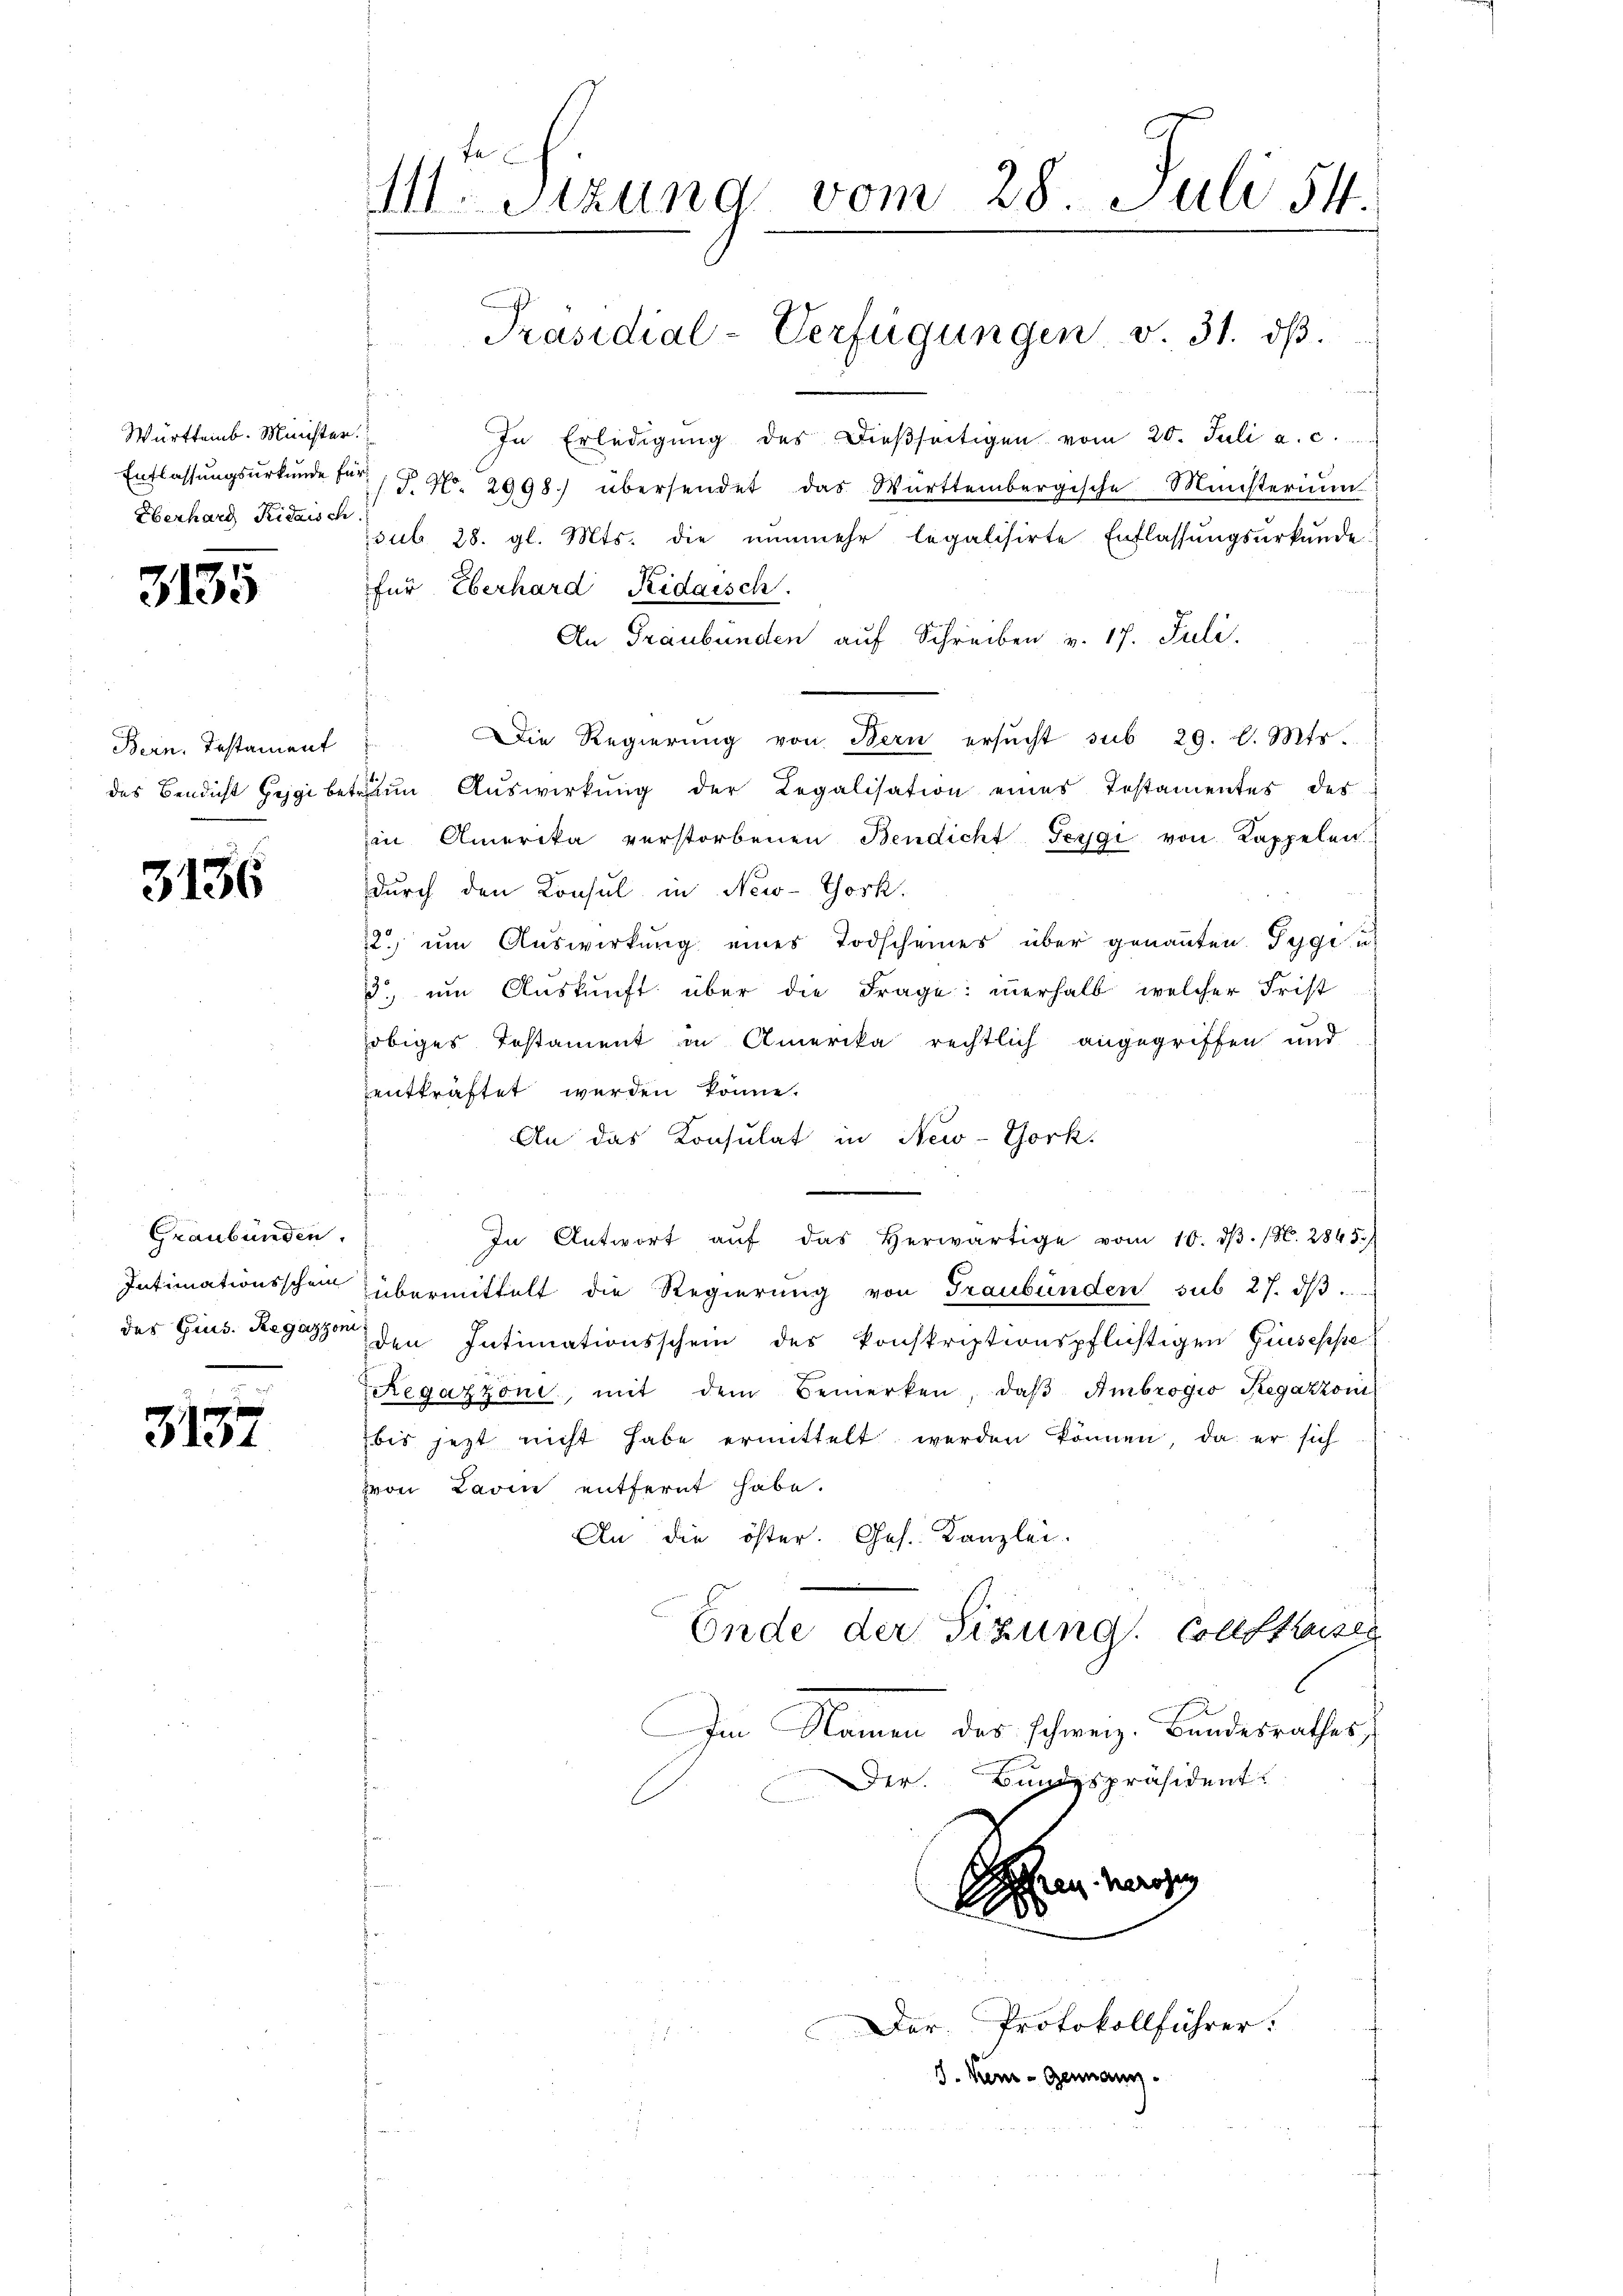
Württemb. Minister.
Entlassungsurkunde für
Überhard Ridaisch.

3135

Bern. Instament

3136

Graubünden.
Intimationsschein
des Grus. Regazzoni

3157

111 Stzung vom 28. Juli 54
Präsidial-Verfügungen v. 31. dβ.

In Erledigŭng des dießseitigen vom 20. Juli a. c.
S. No. 2998) übersendet das Württembergische Ministerium
sub 28. gl. Mts. die nŭnmehr legalisirte Entlassŭngsurkunde
für Überhard Ridaisch.
An Graubünden auf Schreiben v. 17. Juli.
Die Regierŭng von Bern ersŭcht sub 29. v. Mts.
des Bendicht Hegi betreuen Auswirkung der Legalisation eines Testamentes des
in Amerika verstorbenen Bendicht Teygi von Kappelen.
durch den Konsul in New-York,
22. um Auswirkung eines Todscheines über genannten Segiu
3 um Auskunft über die Frage: innerhalb, welcher Frist
obiges Testament in Amerika rechtlich angegriffen und
zentkräftet werden könne.
An das Konsulat in New-York,
In Antwort aŭf das herwärtige vom 10. dβ. (S. 2845.
übermittelt die Regierŭng von Graubünden sub 27. dβ
den Intimationsschein des konskriptionspflichtigen Giuseppe
Regazzoni, mit dem Bemerken, daβ Ambrogio Regazzon
bis jezt nicht habe ermittelt werden können, da er sich
von Lavin entfernt habe.
An die öster. Ges. Kanzlei.
Ende der Sitzung. Collstrassen
Im Namen des schweiz. Bandesrathes,
Bundespräsident.
Der.

J. Kei-Genann

G
3

Der Protokollführer: